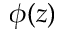
\phi ( z )